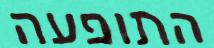
התופעה